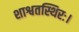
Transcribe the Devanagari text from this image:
शाश्वतस्थिरः।